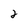
Character: 2